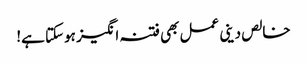
خالص دینی عمل بھی فتنہ انگیز ہوسکتا ہے!